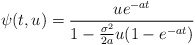
\begin{align*}\psi(t,u)=\frac{ue^{-at}}{1-\frac{\sigma^2}{2a}u(1-e^{-at})}\end{align*}